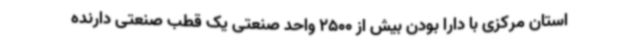
استان مرکزی با دارا بودن بیش از 2500 واحد صنعتی یک قطب صنعتی دارنده